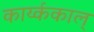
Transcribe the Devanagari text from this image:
कार्य्ककाल्